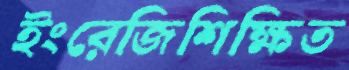
ইংরেজিশিক্ষিত